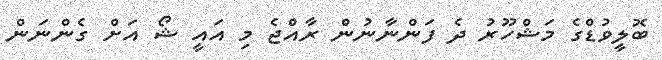
ބޮލީވުޑްގެ މަޝްހޫރު ދެ ފަންނާނުން ރާއްޖެ މި އައީ ޝޯ އަށް ގެންނަން